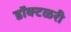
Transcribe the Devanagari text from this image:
डॉक्टळरी